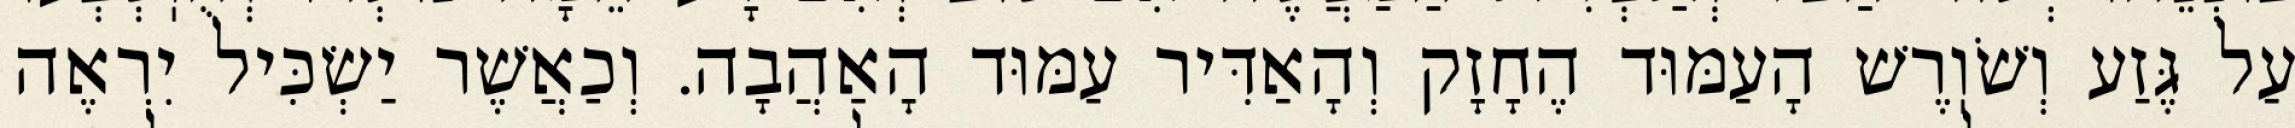
עַל גֶּזַע וְשֹׁוֽרֶשׁ הָעַמּוּד הֶחָזָק וְהָאַדִּיר עַמּוּד הָאַהֲבָה. וְכַאֲשֶׁר יַשְׂכִּיל יִרְאֶה